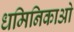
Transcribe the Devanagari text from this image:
धमिनिकाओ